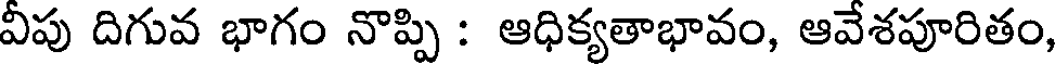
వీపు దిగువ భాగం నొప్పి : ఆధిక్యతాభావం, ఆవేశపూరితం,